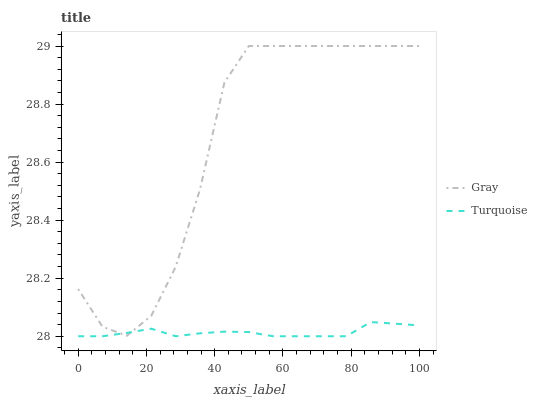
| xaxis_label | Gray | Turquoise |
 | --- | --- | --- |
 | 0 | 28.2 | 28 |
 | 7.14 | 28 | 28 |
 | 14.3 | 28 | 28 |
 | 21.4 | 28.1 | 28 |
 | 28.6 | 28.2 | 28 |
 | 35.7 | 28.5 | 28 |
 | 42.9 | 28.9 | 28 |
 | 50 | 29 | 28 |
 | 57.1 | 29 | 28 |
 | 64.3 | 29 | 28 |
 | 71.4 | 29 | 28 |
 | 78.6 | 29 | 28 |
 | 85.7 | 29 | 28 |
 | 92.9 | 29 | 28 |
 | 100 | 29 | 28 |